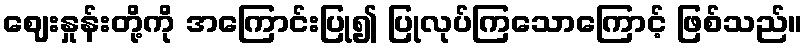
ဈေးနှုန်းတို့ကို အကြောင်းပြု၍ ပြုလုပ်ကြသောကြောင့် ဖြစ်သည်။